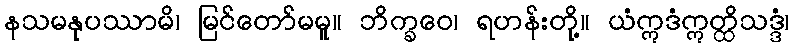
နသမနုပဿာမိ၊ မြင်တော်မမူ။ ဘိက္ခဝေ၊ ရဟန်းတို့။ ယံဣဒံဣတ္ထိသဒ္ဒံ၊